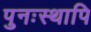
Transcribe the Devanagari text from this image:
पुनःस्थापि